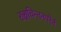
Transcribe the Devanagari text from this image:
रुक्षचिन्तनपरैर्न